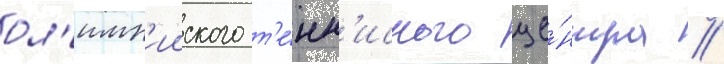
ол'имп'ииского т'е́нн'исного це́нтра //